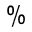
\%